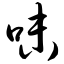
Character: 味